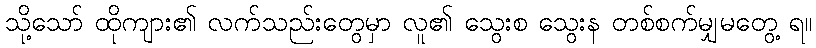
သို့သော် ထိုကျား၏ လက်သည်းတွေမှာ လူ၏ သွေးစ သွေးန တစ်စက်မျှမတွေ့ ရ။